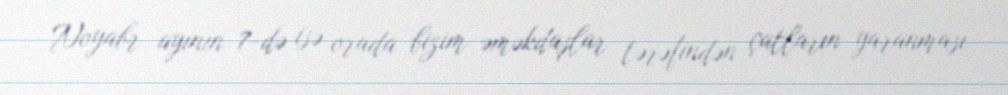
Noyabr ayının 7-də isə orada bizim əməkdaşlar tərəfindən çatların yaranması